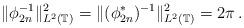
LaTeX: \begin{align*}\|\phi_{2n}^{-1}\|^2_{L^2(\mathbb{T})}=\|(\phi_{2n}^*)^{-1}\|^2_{L^2(\mathbb{T})}=2\pi\,.\end{align*}